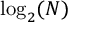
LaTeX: \log _ { 2 } ( N )